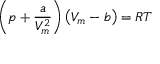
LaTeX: \left( p + { \frac { a } { V _ { m } ^ { 2 } } } \right) \left( V _ { m } - b \right) = R T